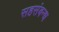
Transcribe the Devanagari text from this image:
सहसंबन्ध